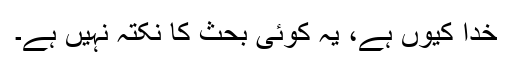
خدا کیوں ہے، یہ کوئی بحث کا نکتہ نہیں ہے۔